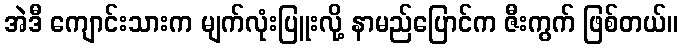
အဲဒီ ကျောင်းသားက မျက်လုံးပြူးလို့ နာမည်ပြောင်က ဇီးကွက် ဖြစ်တယ်။